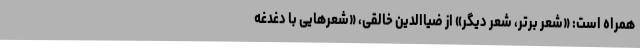
همراه است: «شعر برتر، شعر دیگر» از ضیاالدین خالقی، «شعرهایی با دغدغه